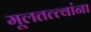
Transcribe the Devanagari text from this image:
मूलतत्त्वांना